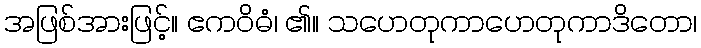
အဖြစ်အားဖြင့်။ ဧကဝိဓံ၊ ၏။ သဟေတုကာဟေတုကာဒိတော၊